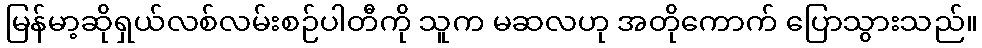
မြန်မာ့ဆိုရှယ်လစ်လမ်းစဉ်ပါတီကို သူက မဆလဟု အတိုကောက် ပြောသွားသည်။